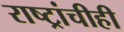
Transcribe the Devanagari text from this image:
राष्ट्रांचीही